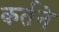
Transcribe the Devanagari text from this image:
कर्तने